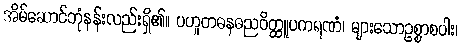
အိမ်ဆောင်ဘုံနန်းလည်းရှိ၏။ ပဟူတဓနဓညဝိတ္ထူပကရဏံ၊ များသောဥစ္စာစပါး၊